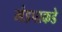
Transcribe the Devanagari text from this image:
मंडपाकडे